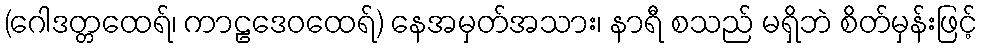
(ဂေါဒတ္တထေရ်၊ ကာဠဒေဝထေရ်) နေအမှတ်အသား၊ နာရီ စသည် မရှိဘဲ စိတ်မှန်းဖြင့်